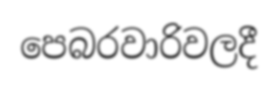
පෙබරවාරිවලදී